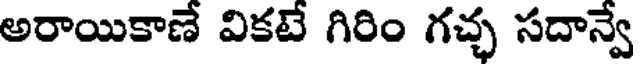
అరాయికాణే వికటే గిరిం గచ్ఛ సదాన్వే